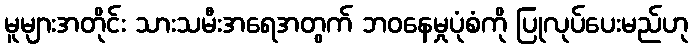
မူများအတိုင်း သားသမီးအရေအတွက် ဘဝနေမှုပုံစံကို ပြုလုပ်ပေးမည်ဟု